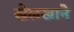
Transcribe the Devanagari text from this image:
खेलखाने